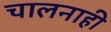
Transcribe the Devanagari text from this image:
चालनाही